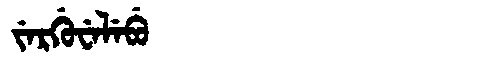
Manchu: ᠵᡝᡵᡤᡠᠸᡝᠯᡝᠪᡠ
Romanization: JERGUWELEBU